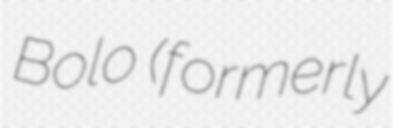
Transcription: Bolo (formerly